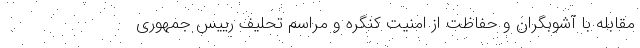
مقابله با آشوبگران و حفاظت از امنیت کنگره و مراسم تحلیف رییس جمهوری